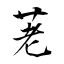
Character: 荖